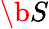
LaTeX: \b{S}